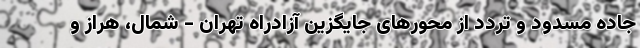
جاده مسدود و تردد از محورهای جایگزین آزادراه تهران - شمال، هراز و